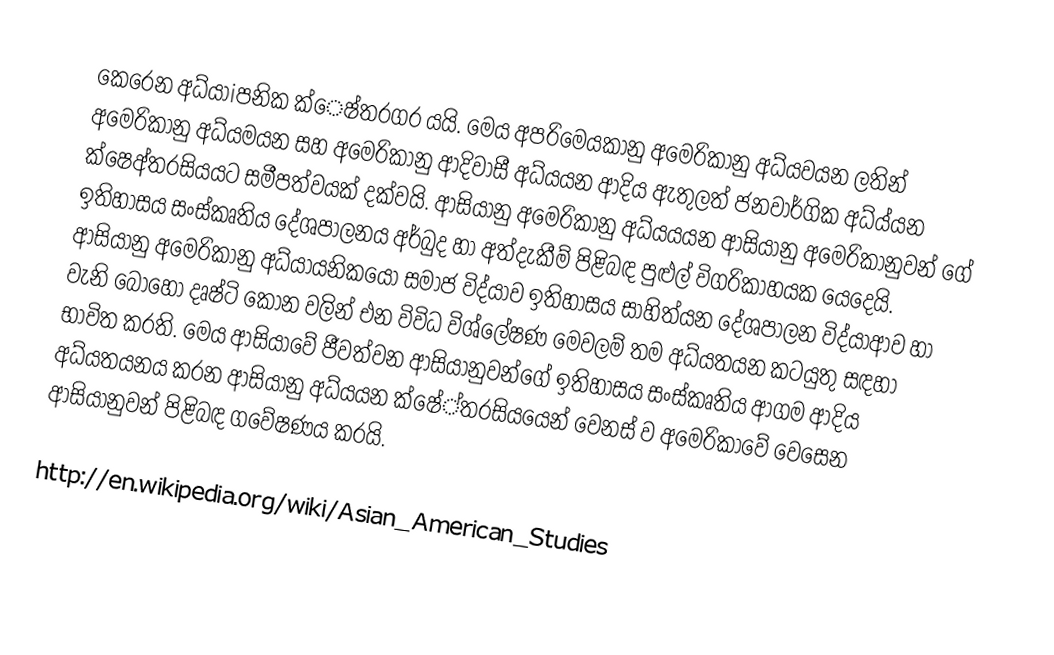
කෙරෙන අධ්යාiපනික ක්‍ෙෂ්තරගර යයි. මෙය අපරිමෙයකානු අමෙරිකානු අධ්යවයන ලතින් අමෙරිකානු අධ්යමයන සහ අමෙරිකානු ආදිවාසී අධ්ය‍යන ආදිය ඇතුලත් ජනවාර්ගික අධ්ය්යන ක්ෂෙඅ්තරසියයට සමීපත්වයක් දක්වයි. ආසියානු අමෙරිකානු අධ්යයයන ආසියානු අමෙරිකානුවන් ගේ ඉතිහාසය සංස්කෘතිය දේශපාලනය අර්බුද හා අත්දැකීම් පිළිබඳ පුළුල් විගරිකාහයක යෙදෙයි. ආසියානු අමෙරිකානු අධ්යායනිකයෝ සමාජ විද්යා්ව ඉතිහාසය සාහිත්යන දේශපාලන විද්යාආව හා  වැනි බොහෝ දෘෂ්ටි කෝන වලින් එන විවිධ විශ්ලේෂණ මෙවලම් තම අධ්යතයන කටයුතු සඳහා භාවිත කරති. මෙය ආසියාවේ ජීවත්වන ආසියානුවන්ගේ ඉතිහාසය සංස්කෘතිය ආගම ආදිය අධ්යතයනය කරන ආසියානු අධ්ය‍යන ක්ෂේ්තරසියයෙන් වෙනස් ව අමෙරිකාවේ වෙසෙන ආසියානුවන් පිළිබඳ ගවේෂණය කරයි.

http://en.wikipedia.org/wiki/Asian_American_Studies